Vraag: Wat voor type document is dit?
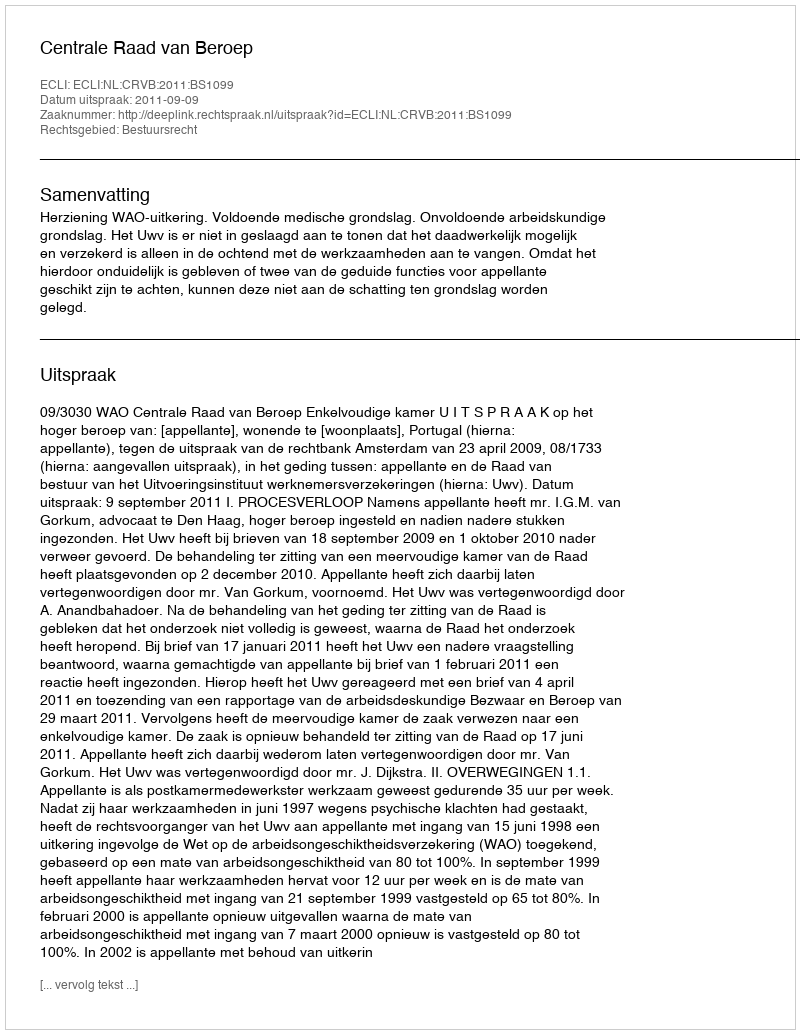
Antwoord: Uitspraak